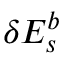
\delta E _ { s } ^ { b }